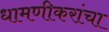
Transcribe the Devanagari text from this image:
धामणीकरांचा